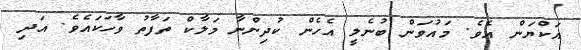
އަކްޔަން އެވެ. މައުވަން ބުނެލީ އެހެން ކުދިންނާ މަލާކް ތަފާތު ވާހަކައެވެ. އަދި